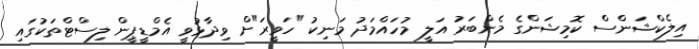
އިލެކްޝަންސް ކޮމިޝަންގެ މެންބަރު އަލީ މުހައްމަދު މަނިކު "ހަވީރަ"ށް ވިދާޅުވީ އެމްޑީޕީން ލިސްޓްތަކުގައި